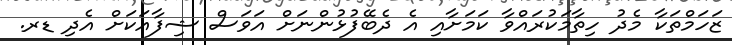
ޒަހަމްތަކާ މެދު ހިތާމަކުރައްވާ ކަމަށާއި އެ ދެބޭފުޅުންނަށް އަވަސް ޝިފާއަކަށް އެދި ޑރ.